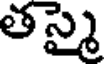
తస్మై